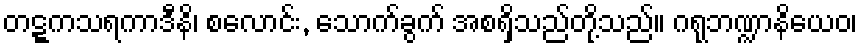
တဋ္ဋကသရကာဒီနိ၊ စလောင်း, သောက်ခွက် အစရှိသည်တို့သည်။ ဂရုဘဏ္ဍာနိယေဝ၊